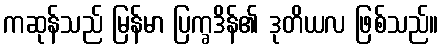
ကဆုန်သည် မြန်မာ ပြက္ခဒိန်၏ ဒုတိယလ ဖြစ်သည်။